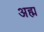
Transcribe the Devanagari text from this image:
अह्म